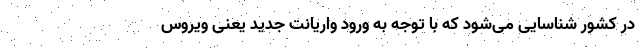
در کشور شناسایی می‌شود که با توجه به ورود واریانت جدید یعنی ویروس